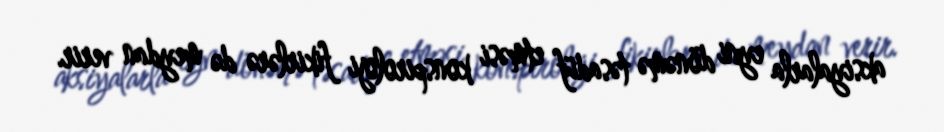
aksiyalarla eyni dönəmə təsadüf etməsi konspiroloji fikirlərə də meydan verir.